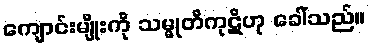
ကျောင်းမျိုးကို သမ္မုတိကုဋိဟု ခေါ်သည်။